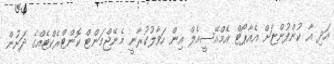
އަދި އާ ކުންފުންޏަށް އެއާޕޯޓް އެމްއޭސީއެލް އިން ހަވާލުކުރާނީ މެނޭޖްމަންޓް ކޮންޓްރެކްޓެއްގެ ދަށުން